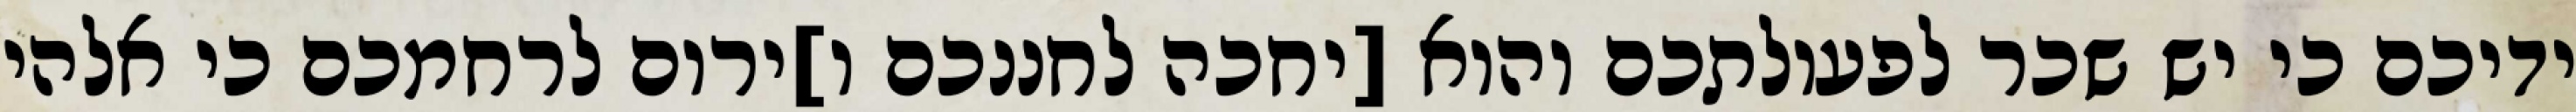
ידיכם כי יש שכר לפעולתכם והוא [יחכה לחננכם ו]ירום לרחמכם כי אלהי